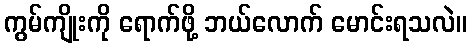
ကွမ်ကျိုးကို ရောက်ဖို့ ဘယ်လောက် မောင်းရသလဲ။